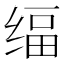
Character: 䌿